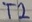
Text: T2